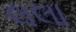
લલા